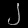
Digit: ၂